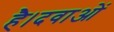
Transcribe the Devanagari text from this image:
है।दवाओं